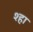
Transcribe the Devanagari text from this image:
श्हा